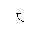
Letter: _ha